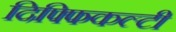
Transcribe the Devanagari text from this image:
दिफ्फिकल्टी